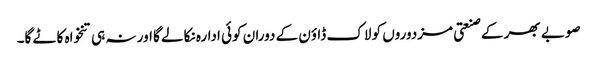
صوبے بھر کے صنعتی مزدوروں کو لاک ڈاؤن کے دوران کوئی ادارہ نکالے گا اور نہ ہی تنخواہ کاٹے گا۔